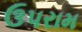
ઉપરામ